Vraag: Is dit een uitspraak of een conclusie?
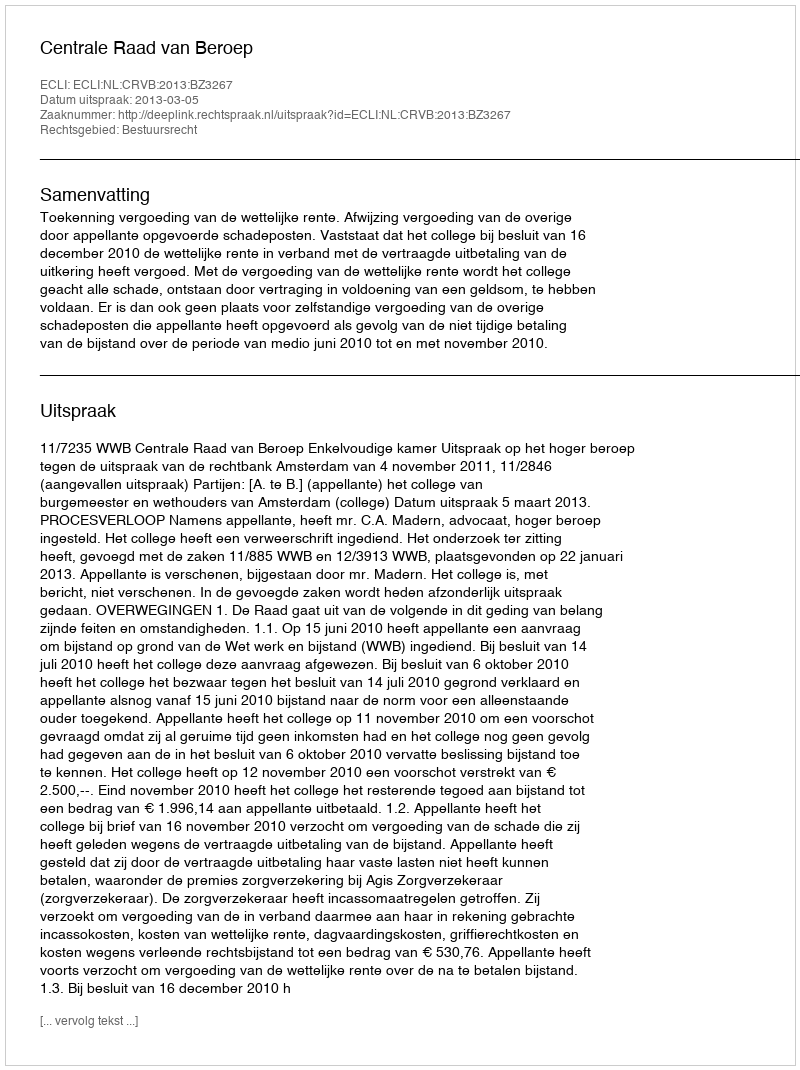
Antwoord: Uitspraak